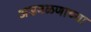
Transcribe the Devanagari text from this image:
अडवळणाच्या